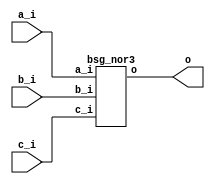


module top
(
  a_i,
  b_i,
  c_i,
  o
);

  input [127:0] a_i;
  input [127:0] b_i;
  input [127:0] c_i;
  output [127:0] o;

  bsg_nor3
  wrapper
  (
    .a_i(a_i),
    .b_i(b_i),
    .c_i(c_i),
    .o(o)
  );


endmodule



module bsg_nor3
(
  a_i,
  b_i,
  c_i,
  o
);

  input [127:0] a_i;
  input [127:0] b_i;
  input [127:0] c_i;
  output [127:0] o;
  wire [127:0] o;
  wire N0,N1,N2,N3,N4,N5,N6,N7,N8,N9,N10,N11,N12,N13,N14,N15,N16,N17,N18,N19,N20,N21,
  N22,N23,N24,N25,N26,N27,N28,N29,N30,N31,N32,N33,N34,N35,N36,N37,N38,N39,N40,N41,
  N42,N43,N44,N45,N46,N47,N48,N49,N50,N51,N52,N53,N54,N55,N56,N57,N58,N59,N60,N61,
  N62,N63,N64,N65,N66,N67,N68,N69,N70,N71,N72,N73,N74,N75,N76,N77,N78,N79,N80,N81,
  N82,N83,N84,N85,N86,N87,N88,N89,N90,N91,N92,N93,N94,N95,N96,N97,N98,N99,N100,N101,
  N102,N103,N104,N105,N106,N107,N108,N109,N110,N111,N112,N113,N114,N115,N116,N117,
  N118,N119,N120,N121,N122,N123,N124,N125,N126,N127,N128,N129,N130,N131,N132,N133,
  N134,N135,N136,N137,N138,N139,N140,N141,N142,N143,N144,N145,N146,N147,N148,N149,
  N150,N151,N152,N153,N154,N155,N156,N157,N158,N159,N160,N161,N162,N163,N164,N165,
  N166,N167,N168,N169,N170,N171,N172,N173,N174,N175,N176,N177,N178,N179,N180,N181,
  N182,N183,N184,N185,N186,N187,N188,N189,N190,N191,N192,N193,N194,N195,N196,N197,
  N198,N199,N200,N201,N202,N203,N204,N205,N206,N207,N208,N209,N210,N211,N212,N213,
  N214,N215,N216,N217,N218,N219,N220,N221,N222,N223,N224,N225,N226,N227,N228,N229,
  N230,N231,N232,N233,N234,N235,N236,N237,N238,N239,N240,N241,N242,N243,N244,N245,
  N246,N247,N248,N249,N250,N251,N252,N253,N254,N255;
  assign o[127] = ~N1;
  assign N1 = N0 | c_i[127];
  assign N0 = a_i[127] | b_i[127];
  assign o[126] = ~N3;
  assign N3 = N2 | c_i[126];
  assign N2 = a_i[126] | b_i[126];
  assign o[125] = ~N5;
  assign N5 = N4 | c_i[125];
  assign N4 = a_i[125] | b_i[125];
  assign o[124] = ~N7;
  assign N7 = N6 | c_i[124];
  assign N6 = a_i[124] | b_i[124];
  assign o[123] = ~N9;
  assign N9 = N8 | c_i[123];
  assign N8 = a_i[123] | b_i[123];
  assign o[122] = ~N11;
  assign N11 = N10 | c_i[122];
  assign N10 = a_i[122] | b_i[122];
  assign o[121] = ~N13;
  assign N13 = N12 | c_i[121];
  assign N12 = a_i[121] | b_i[121];
  assign o[120] = ~N15;
  assign N15 = N14 | c_i[120];
  assign N14 = a_i[120] | b_i[120];
  assign o[119] = ~N17;
  assign N17 = N16 | c_i[119];
  assign N16 = a_i[119] | b_i[119];
  assign o[118] = ~N19;
  assign N19 = N18 | c_i[118];
  assign N18 = a_i[118] | b_i[118];
  assign o[117] = ~N21;
  assign N21 = N20 | c_i[117];
  assign N20 = a_i[117] | b_i[117];
  assign o[116] = ~N23;
  assign N23 = N22 | c_i[116];
  assign N22 = a_i[116] | b_i[116];
  assign o[115] = ~N25;
  assign N25 = N24 | c_i[115];
  assign N24 = a_i[115] | b_i[115];
  assign o[114] = ~N27;
  assign N27 = N26 | c_i[114];
  assign N26 = a_i[114] | b_i[114];
  assign o[113] = ~N29;
  assign N29 = N28 | c_i[113];
  assign N28 = a_i[113] | b_i[113];
  assign o[112] = ~N31;
  assign N31 = N30 | c_i[112];
  assign N30 = a_i[112] | b_i[112];
  assign o[111] = ~N33;
  assign N33 = N32 | c_i[111];
  assign N32 = a_i[111] | b_i[111];
  assign o[110] = ~N35;
  assign N35 = N34 | c_i[110];
  assign N34 = a_i[110] | b_i[110];
  assign o[109] = ~N37;
  assign N37 = N36 | c_i[109];
  assign N36 = a_i[109] | b_i[109];
  assign o[108] = ~N39;
  assign N39 = N38 | c_i[108];
  assign N38 = a_i[108] | b_i[108];
  assign o[107] = ~N41;
  assign N41 = N40 | c_i[107];
  assign N40 = a_i[107] | b_i[107];
  assign o[106] = ~N43;
  assign N43 = N42 | c_i[106];
  assign N42 = a_i[106] | b_i[106];
  assign o[105] = ~N45;
  assign N45 = N44 | c_i[105];
  assign N44 = a_i[105] | b_i[105];
  assign o[104] = ~N47;
  assign N47 = N46 | c_i[104];
  assign N46 = a_i[104] | b_i[104];
  assign o[103] = ~N49;
  assign N49 = N48 | c_i[103];
  assign N48 = a_i[103] | b_i[103];
  assign o[102] = ~N51;
  assign N51 = N50 | c_i[102];
  assign N50 = a_i[102] | b_i[102];
  assign o[101] = ~N53;
  assign N53 = N52 | c_i[101];
  assign N52 = a_i[101] | b_i[101];
  assign o[100] = ~N55;
  assign N55 = N54 | c_i[100];
  assign N54 = a_i[100] | b_i[100];
  assign o[99] = ~N57;
  assign N57 = N56 | c_i[99];
  assign N56 = a_i[99] | b_i[99];
  assign o[98] = ~N59;
  assign N59 = N58 | c_i[98];
  assign N58 = a_i[98] | b_i[98];
  assign o[97] = ~N61;
  assign N61 = N60 | c_i[97];
  assign N60 = a_i[97] | b_i[97];
  assign o[96] = ~N63;
  assign N63 = N62 | c_i[96];
  assign N62 = a_i[96] | b_i[96];
  assign o[95] = ~N65;
  assign N65 = N64 | c_i[95];
  assign N64 = a_i[95] | b_i[95];
  assign o[94] = ~N67;
  assign N67 = N66 | c_i[94];
  assign N66 = a_i[94] | b_i[94];
  assign o[93] = ~N69;
  assign N69 = N68 | c_i[93];
  assign N68 = a_i[93] | b_i[93];
  assign o[92] = ~N71;
  assign N71 = N70 | c_i[92];
  assign N70 = a_i[92] | b_i[92];
  assign o[91] = ~N73;
  assign N73 = N72 | c_i[91];
  assign N72 = a_i[91] | b_i[91];
  assign o[90] = ~N75;
  assign N75 = N74 | c_i[90];
  assign N74 = a_i[90] | b_i[90];
  assign o[89] = ~N77;
  assign N77 = N76 | c_i[89];
  assign N76 = a_i[89] | b_i[89];
  assign o[88] = ~N79;
  assign N79 = N78 | c_i[88];
  assign N78 = a_i[88] | b_i[88];
  assign o[87] = ~N81;
  assign N81 = N80 | c_i[87];
  assign N80 = a_i[87] | b_i[87];
  assign o[86] = ~N83;
  assign N83 = N82 | c_i[86];
  assign N82 = a_i[86] | b_i[86];
  assign o[85] = ~N85;
  assign N85 = N84 | c_i[85];
  assign N84 = a_i[85] | b_i[85];
  assign o[84] = ~N87;
  assign N87 = N86 | c_i[84];
  assign N86 = a_i[84] | b_i[84];
  assign o[83] = ~N89;
  assign N89 = N88 | c_i[83];
  assign N88 = a_i[83] | b_i[83];
  assign o[82] = ~N91;
  assign N91 = N90 | c_i[82];
  assign N90 = a_i[82] | b_i[82];
  assign o[81] = ~N93;
  assign N93 = N92 | c_i[81];
  assign N92 = a_i[81] | b_i[81];
  assign o[80] = ~N95;
  assign N95 = N94 | c_i[80];
  assign N94 = a_i[80] | b_i[80];
  assign o[79] = ~N97;
  assign N97 = N96 | c_i[79];
  assign N96 = a_i[79] | b_i[79];
  assign o[78] = ~N99;
  assign N99 = N98 | c_i[78];
  assign N98 = a_i[78] | b_i[78];
  assign o[77] = ~N101;
  assign N101 = N100 | c_i[77];
  assign N100 = a_i[77] | b_i[77];
  assign o[76] = ~N103;
  assign N103 = N102 | c_i[76];
  assign N102 = a_i[76] | b_i[76];
  assign o[75] = ~N105;
  assign N105 = N104 | c_i[75];
  assign N104 = a_i[75] | b_i[75];
  assign o[74] = ~N107;
  assign N107 = N106 | c_i[74];
  assign N106 = a_i[74] | b_i[74];
  assign o[73] = ~N109;
  assign N109 = N108 | c_i[73];
  assign N108 = a_i[73] | b_i[73];
  assign o[72] = ~N111;
  assign N111 = N110 | c_i[72];
  assign N110 = a_i[72] | b_i[72];
  assign o[71] = ~N113;
  assign N113 = N112 | c_i[71];
  assign N112 = a_i[71] | b_i[71];
  assign o[70] = ~N115;
  assign N115 = N114 | c_i[70];
  assign N114 = a_i[70] | b_i[70];
  assign o[69] = ~N117;
  assign N117 = N116 | c_i[69];
  assign N116 = a_i[69] | b_i[69];
  assign o[68] = ~N119;
  assign N119 = N118 | c_i[68];
  assign N118 = a_i[68] | b_i[68];
  assign o[67] = ~N121;
  assign N121 = N120 | c_i[67];
  assign N120 = a_i[67] | b_i[67];
  assign o[66] = ~N123;
  assign N123 = N122 | c_i[66];
  assign N122 = a_i[66] | b_i[66];
  assign o[65] = ~N125;
  assign N125 = N124 | c_i[65];
  assign N124 = a_i[65] | b_i[65];
  assign o[64] = ~N127;
  assign N127 = N126 | c_i[64];
  assign N126 = a_i[64] | b_i[64];
  assign o[63] = ~N129;
  assign N129 = N128 | c_i[63];
  assign N128 = a_i[63] | b_i[63];
  assign o[62] = ~N131;
  assign N131 = N130 | c_i[62];
  assign N130 = a_i[62] | b_i[62];
  assign o[61] = ~N133;
  assign N133 = N132 | c_i[61];
  assign N132 = a_i[61] | b_i[61];
  assign o[60] = ~N135;
  assign N135 = N134 | c_i[60];
  assign N134 = a_i[60] | b_i[60];
  assign o[59] = ~N137;
  assign N137 = N136 | c_i[59];
  assign N136 = a_i[59] | b_i[59];
  assign o[58] = ~N139;
  assign N139 = N138 | c_i[58];
  assign N138 = a_i[58] | b_i[58];
  assign o[57] = ~N141;
  assign N141 = N140 | c_i[57];
  assign N140 = a_i[57] | b_i[57];
  assign o[56] = ~N143;
  assign N143 = N142 | c_i[56];
  assign N142 = a_i[56] | b_i[56];
  assign o[55] = ~N145;
  assign N145 = N144 | c_i[55];
  assign N144 = a_i[55] | b_i[55];
  assign o[54] = ~N147;
  assign N147 = N146 | c_i[54];
  assign N146 = a_i[54] | b_i[54];
  assign o[53] = ~N149;
  assign N149 = N148 | c_i[53];
  assign N148 = a_i[53] | b_i[53];
  assign o[52] = ~N151;
  assign N151 = N150 | c_i[52];
  assign N150 = a_i[52] | b_i[52];
  assign o[51] = ~N153;
  assign N153 = N152 | c_i[51];
  assign N152 = a_i[51] | b_i[51];
  assign o[50] = ~N155;
  assign N155 = N154 | c_i[50];
  assign N154 = a_i[50] | b_i[50];
  assign o[49] = ~N157;
  assign N157 = N156 | c_i[49];
  assign N156 = a_i[49] | b_i[49];
  assign o[48] = ~N159;
  assign N159 = N158 | c_i[48];
  assign N158 = a_i[48] | b_i[48];
  assign o[47] = ~N161;
  assign N161 = N160 | c_i[47];
  assign N160 = a_i[47] | b_i[47];
  assign o[46] = ~N163;
  assign N163 = N162 | c_i[46];
  assign N162 = a_i[46] | b_i[46];
  assign o[45] = ~N165;
  assign N165 = N164 | c_i[45];
  assign N164 = a_i[45] | b_i[45];
  assign o[44] = ~N167;
  assign N167 = N166 | c_i[44];
  assign N166 = a_i[44] | b_i[44];
  assign o[43] = ~N169;
  assign N169 = N168 | c_i[43];
  assign N168 = a_i[43] | b_i[43];
  assign o[42] = ~N171;
  assign N171 = N170 | c_i[42];
  assign N170 = a_i[42] | b_i[42];
  assign o[41] = ~N173;
  assign N173 = N172 | c_i[41];
  assign N172 = a_i[41] | b_i[41];
  assign o[40] = ~N175;
  assign N175 = N174 | c_i[40];
  assign N174 = a_i[40] | b_i[40];
  assign o[39] = ~N177;
  assign N177 = N176 | c_i[39];
  assign N176 = a_i[39] | b_i[39];
  assign o[38] = ~N179;
  assign N179 = N178 | c_i[38];
  assign N178 = a_i[38] | b_i[38];
  assign o[37] = ~N181;
  assign N181 = N180 | c_i[37];
  assign N180 = a_i[37] | b_i[37];
  assign o[36] = ~N183;
  assign N183 = N182 | c_i[36];
  assign N182 = a_i[36] | b_i[36];
  assign o[35] = ~N185;
  assign N185 = N184 | c_i[35];
  assign N184 = a_i[35] | b_i[35];
  assign o[34] = ~N187;
  assign N187 = N186 | c_i[34];
  assign N186 = a_i[34] | b_i[34];
  assign o[33] = ~N189;
  assign N189 = N188 | c_i[33];
  assign N188 = a_i[33] | b_i[33];
  assign o[32] = ~N191;
  assign N191 = N190 | c_i[32];
  assign N190 = a_i[32] | b_i[32];
  assign o[31] = ~N193;
  assign N193 = N192 | c_i[31];
  assign N192 = a_i[31] | b_i[31];
  assign o[30] = ~N195;
  assign N195 = N194 | c_i[30];
  assign N194 = a_i[30] | b_i[30];
  assign o[29] = ~N197;
  assign N197 = N196 | c_i[29];
  assign N196 = a_i[29] | b_i[29];
  assign o[28] = ~N199;
  assign N199 = N198 | c_i[28];
  assign N198 = a_i[28] | b_i[28];
  assign o[27] = ~N201;
  assign N201 = N200 | c_i[27];
  assign N200 = a_i[27] | b_i[27];
  assign o[26] = ~N203;
  assign N203 = N202 | c_i[26];
  assign N202 = a_i[26] | b_i[26];
  assign o[25] = ~N205;
  assign N205 = N204 | c_i[25];
  assign N204 = a_i[25] | b_i[25];
  assign o[24] = ~N207;
  assign N207 = N206 | c_i[24];
  assign N206 = a_i[24] | b_i[24];
  assign o[23] = ~N209;
  assign N209 = N208 | c_i[23];
  assign N208 = a_i[23] | b_i[23];
  assign o[22] = ~N211;
  assign N211 = N210 | c_i[22];
  assign N210 = a_i[22] | b_i[22];
  assign o[21] = ~N213;
  assign N213 = N212 | c_i[21];
  assign N212 = a_i[21] | b_i[21];
  assign o[20] = ~N215;
  assign N215 = N214 | c_i[20];
  assign N214 = a_i[20] | b_i[20];
  assign o[19] = ~N217;
  assign N217 = N216 | c_i[19];
  assign N216 = a_i[19] | b_i[19];
  assign o[18] = ~N219;
  assign N219 = N218 | c_i[18];
  assign N218 = a_i[18] | b_i[18];
  assign o[17] = ~N221;
  assign N221 = N220 | c_i[17];
  assign N220 = a_i[17] | b_i[17];
  assign o[16] = ~N223;
  assign N223 = N222 | c_i[16];
  assign N222 = a_i[16] | b_i[16];
  assign o[15] = ~N225;
  assign N225 = N224 | c_i[15];
  assign N224 = a_i[15] | b_i[15];
  assign o[14] = ~N227;
  assign N227 = N226 | c_i[14];
  assign N226 = a_i[14] | b_i[14];
  assign o[13] = ~N229;
  assign N229 = N228 | c_i[13];
  assign N228 = a_i[13] | b_i[13];
  assign o[12] = ~N231;
  assign N231 = N230 | c_i[12];
  assign N230 = a_i[12] | b_i[12];
  assign o[11] = ~N233;
  assign N233 = N232 | c_i[11];
  assign N232 = a_i[11] | b_i[11];
  assign o[10] = ~N235;
  assign N235 = N234 | c_i[10];
  assign N234 = a_i[10] | b_i[10];
  assign o[9] = ~N237;
  assign N237 = N236 | c_i[9];
  assign N236 = a_i[9] | b_i[9];
  assign o[8] = ~N239;
  assign N239 = N238 | c_i[8];
  assign N238 = a_i[8] | b_i[8];
  assign o[7] = ~N241;
  assign N241 = N240 | c_i[7];
  assign N240 = a_i[7] | b_i[7];
  assign o[6] = ~N243;
  assign N243 = N242 | c_i[6];
  assign N242 = a_i[6] | b_i[6];
  assign o[5] = ~N245;
  assign N245 = N244 | c_i[5];
  assign N244 = a_i[5] | b_i[5];
  assign o[4] = ~N247;
  assign N247 = N246 | c_i[4];
  assign N246 = a_i[4] | b_i[4];
  assign o[3] = ~N249;
  assign N249 = N248 | c_i[3];
  assign N248 = a_i[3] | b_i[3];
  assign o[2] = ~N251;
  assign N251 = N250 | c_i[2];
  assign N250 = a_i[2] | b_i[2];
  assign o[1] = ~N253;
  assign N253 = N252 | c_i[1];
  assign N252 = a_i[1] | b_i[1];
  assign o[0] = ~N255;
  assign N255 = N254 | c_i[0];
  assign N254 = a_i[0] | b_i[0];

endmodule